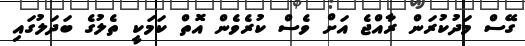
ގޭސް މަދުކުރަން ރާއްޖެ އަށް ވެސް ކުރެވެން އޮތް ކަމަކީ ތެލުގެ ބަދަލުގައި